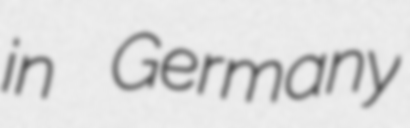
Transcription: in Germany